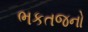
ભકતજનો